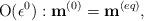
LaTeX: \begin{align*}{\rm O}(\epsilon ^0):{{{\bf{ m}}}}^{(0)}={{{\bf{ m}}}}^{(eq)}, \end{align*}